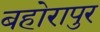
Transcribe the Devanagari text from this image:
बहोरापुर